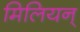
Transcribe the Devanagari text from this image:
मिलियन्